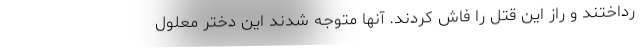
رداختند و راز این قتل را فاش کردند. آنها متوجه شدند این دختر معلول